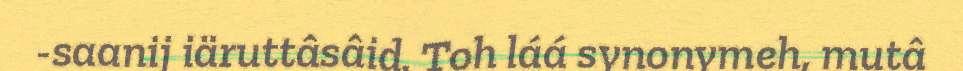
-saanij iäruttâsâid. Toh láá synonymeh, mutâ